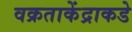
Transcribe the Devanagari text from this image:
वक्रताकेंद्राकडे